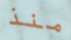
منذ